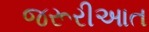
જરૂરીઆત